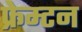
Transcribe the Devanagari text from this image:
फ्रेम्टन